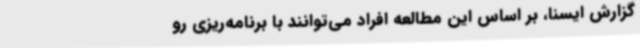
گزارش ایسنا، بر اساس این مطالعه افراد می‌توانند با برنامه‌ریزی رو